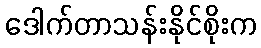
ဒေါက်တာသန်းနိုင်စိုးက